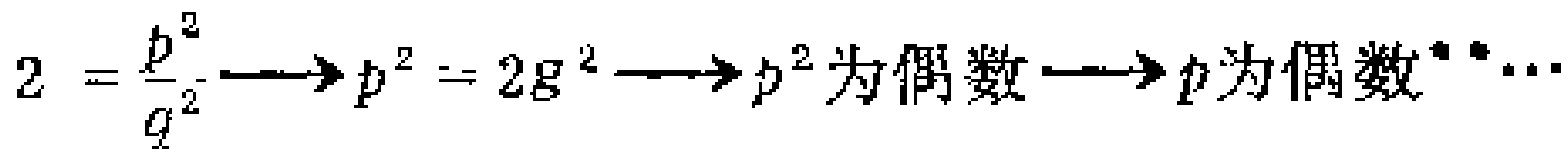
\(2 = \frac{p^{2}}{q^{2}} \longrightarrow p^{2} = 2q^{2} \longrightarrow p^{2}\text{为偶数}\longrightarrow p\text{为偶数}\cdots\)